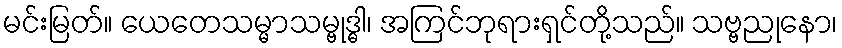
မင်းမြတ်။ ယေတေသမ္မာသမ္ဗုဒ္ဓါ၊ အကြင်ဘုရားရှင်တို့သည်။ သဗ္ဗညုနော၊